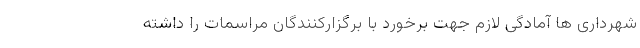
شهرداری ها آمادگی لازم جهت برخورد با برگزارکنندگان مراسمات را داشته